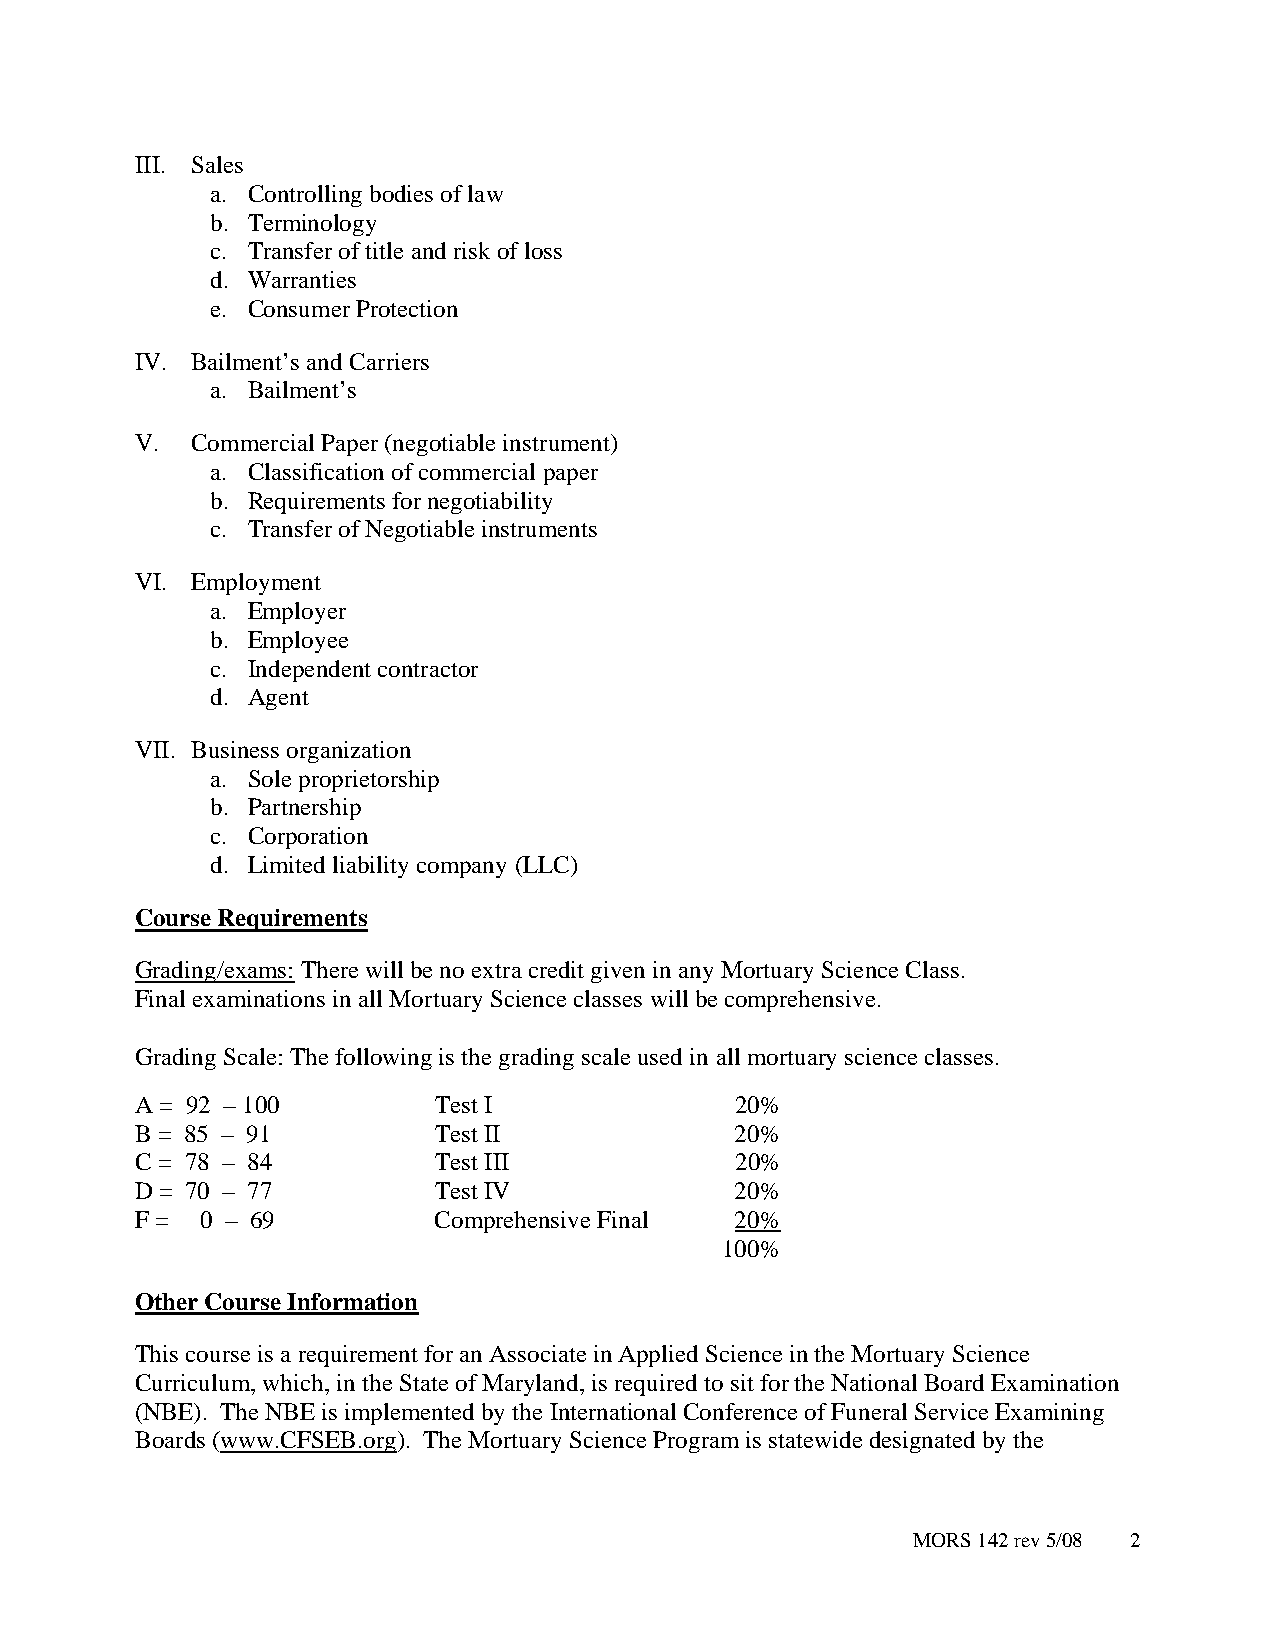
III. Sales
 a. Controlling bodies of law
 b. Terminology
 c. Transfer of title and risk of loss
 d. Warranties
 e. Consumer Protection
 IV. Bailment’s and Carriers
 a. Bailment’s
 V.  Commercial Paper (negotiable instrument)
 a. Classification of commercial paper
 b. Requirements for negotiability
 c. Transfer of Negotiable instruments
 VI. Employment
 a. Employer
 b. Employee
 c. Independent contractor
 d. Agent
 VII. Business organization
 a. Sole proprietorship
 b. Partnership
 c. Corporation
 d. Limited liability company (LLC)
 Course Requirements
 Grading/exams: There will be no extra credit given in any Mortuary Science Class.
 Final examinations in all Mortuary Science classes will be comprehensive.
 Grading Scale: The following is the grading scale used in all mortuary science classes.
 A = 92 – 100        Test I              20%
 B = 85 – 91         Test II             20%
 C = 78 – 84         Test III            20%
 D = 70 – 77         Test IV             20%
 F = 0 – 69          Comprehensive Final 20%
 100%
 Other Course Information
 This course is a requirement for an Associate in Applied Science in the Mortuary Science
 Curriculum, which, in the State of Maryland, is required to sit for the National Board Examination
 (NBE). The NBE is implemented by the International Conference of Funeral Service Examining
 Boards (www.CFSEB.org). The Mortuary Science Program is statewide designated by the
 MORS 142 rev 5/08 2